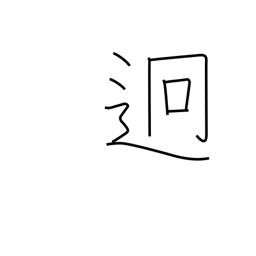
Meaning: far